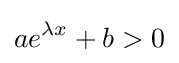
ae^{\lambda x}+b>0